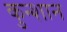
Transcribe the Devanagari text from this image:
कुन्शान